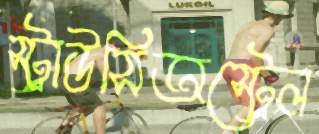
স্ট্রাউসিঅস্ট্রেল